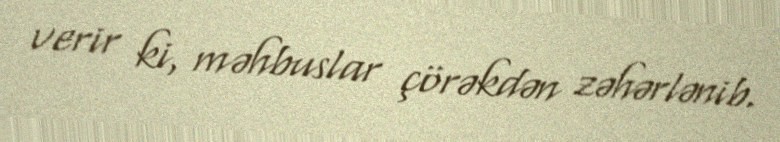
verir ki, məhbuslar çörəkdən zəhərlənib.